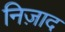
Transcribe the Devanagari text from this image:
निज़ाद